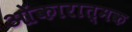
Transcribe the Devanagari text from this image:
ओंकारात्मक